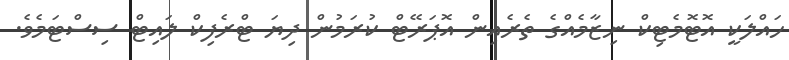
ހައްލަކީ އޮޓޮމެޓިކް ނިޒާމެއްގެ ތެރެއިން އޮޕަރޭޓް ކުރަމުން ދިޔަ ޓްރެފިކް ލައިޓް ސިސްޓަމެވެ.